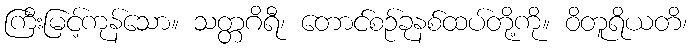
ကြီးမြင့်ကုန်သော။ သတ္တဂိရီ၊ တောင်စဉ်ခုနစ်ထပ်တို့ကို။ ဝိတူရိယတိ၊